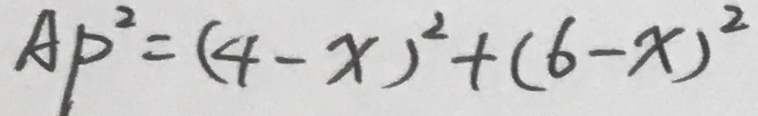
A P ^ { 2 } = ( 4 - x ) ^ { 2 } + ( 6 - x ) ^ { 2 }